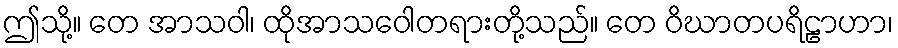
ဤသို့။ တေ အာသဝါ၊ ထိုအာသဝေါတရားတို့သည်။ တေ ဝိဃာတပရိဠာဟာ၊